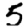
Digit: 5